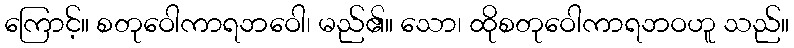
ကြောင့်။ စတုဝေါကာရဘဝေါ၊ မည်၏။ သော၊ ထိုစတုဝေါကာရဘဝဟူ သည်။